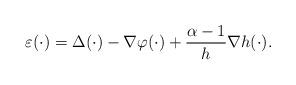
LaTeX: \begin{align*}\varepsilon(\cdot)=\Delta(\cdot)-\nabla\varphi(\cdot)+\frac{\alpha-1}{h}\nabla h(\cdot).\end{align*}